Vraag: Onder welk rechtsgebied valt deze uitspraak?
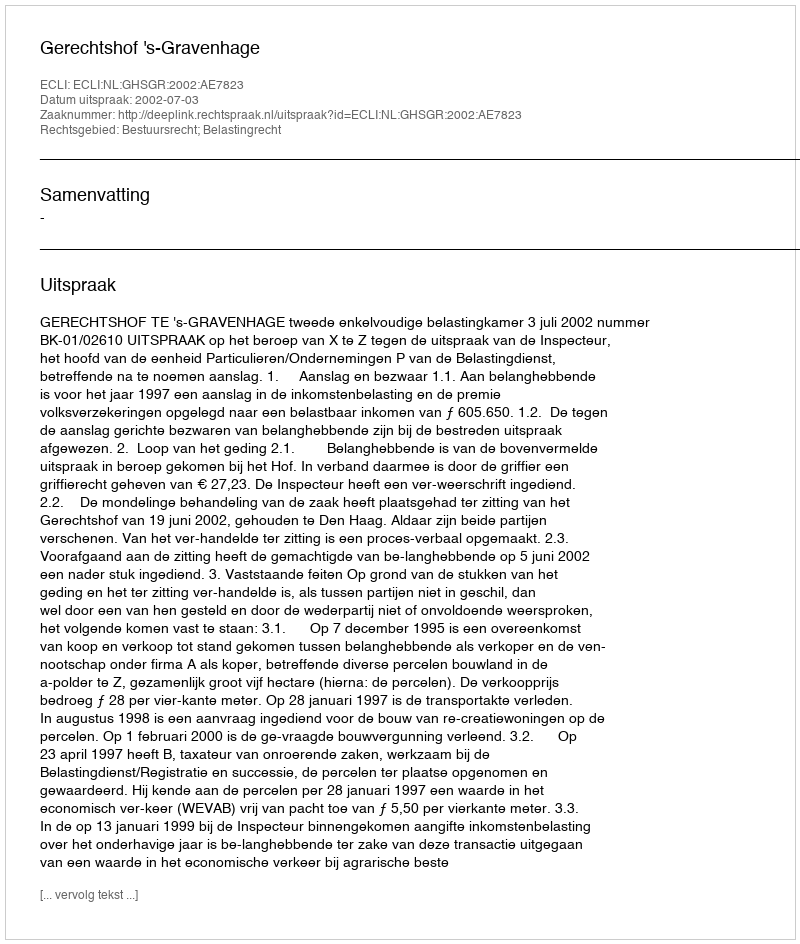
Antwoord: Bestuursrecht; Belastingrecht